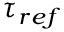
\tau _ { r e f }